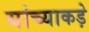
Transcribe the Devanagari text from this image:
यांच्याकड़े